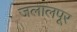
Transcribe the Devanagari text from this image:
जलालपूर